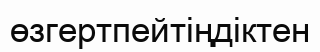
өзгертпейтіңдіктен